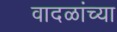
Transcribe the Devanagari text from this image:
वादळांच्या